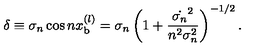
\delta \equiv \sigma _ { n } \cos n x _ { \mathrm { b } } ^ { ( l ) } = \sigma _ { n } \left( 1 + \frac { \dot { \sigma _ { n } } ^ { 2 } } { n ^ { 2 } \sigma _ { n } ^ { 2 } } \right) ^ { - 1 / 2 } .